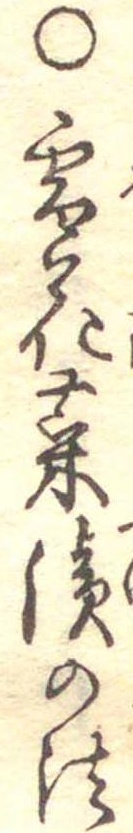
○雪花菜漬の法